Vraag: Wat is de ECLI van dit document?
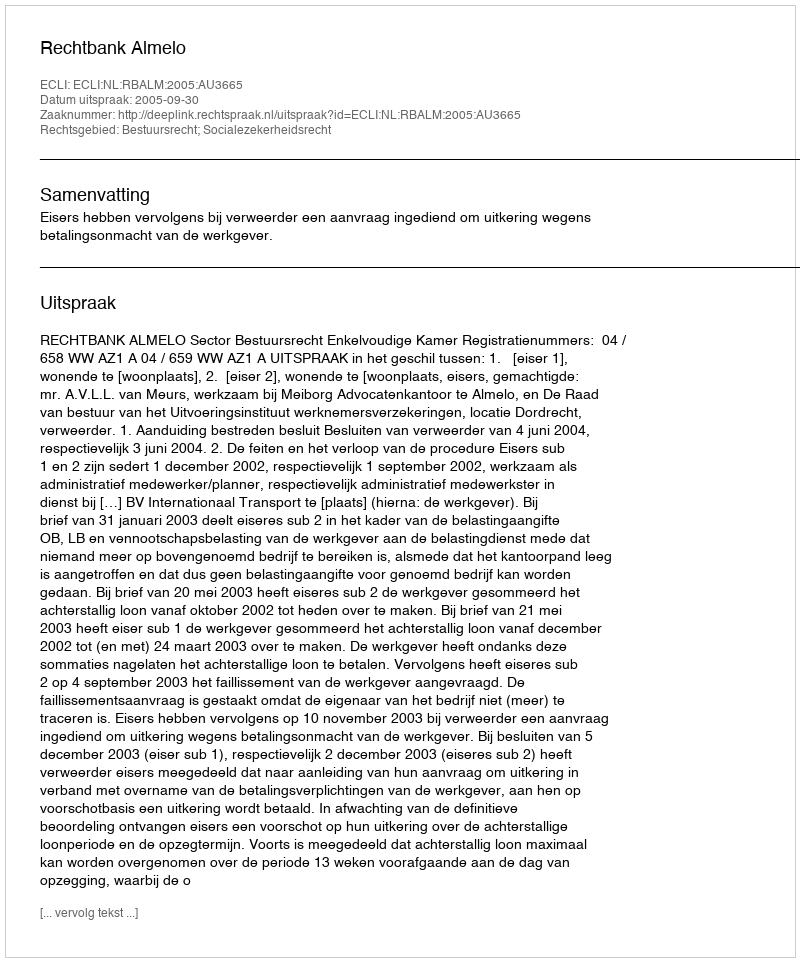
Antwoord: ECLI:NL:RBALM:2005:AU3665